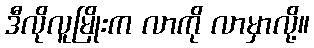
ဒီလိုလူမြိုးက လာကို လာမှာလို့။